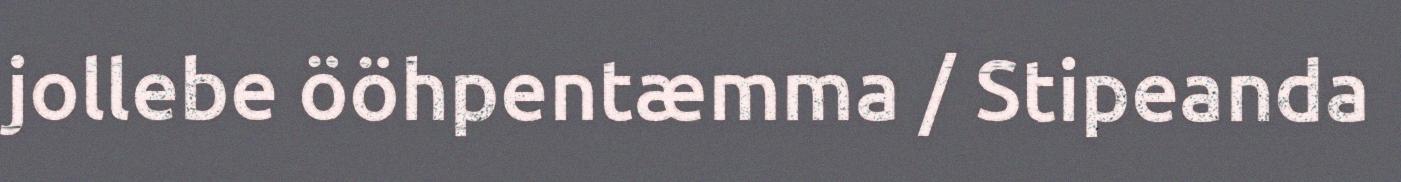
jollebe ööhpentæmma / Stipeanda